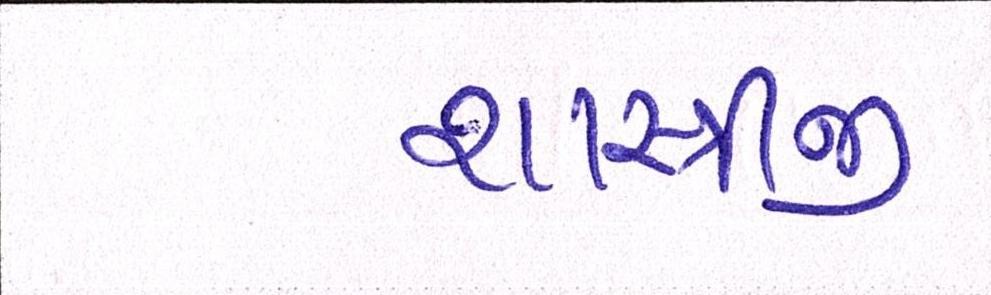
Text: શાસ્ત્રીજી